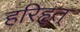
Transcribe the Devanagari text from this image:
हरिहृत्